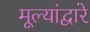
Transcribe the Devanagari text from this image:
मूल्यांद्वारे